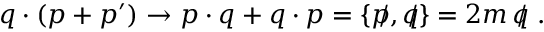
q \cdot ( p + p ^ { \prime } ) \to p \cdot q + q \cdot p = \{ p \! \! \! / , q \! \! \! / \} = 2 m \, q \! \! \! / \, \, .